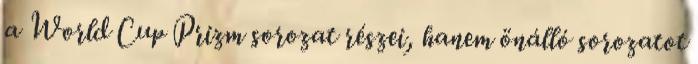
a World Cup Prizm sorozat részei, hanem önálló sorozatot